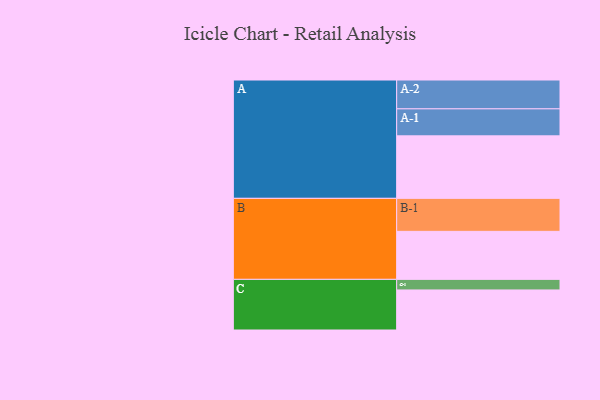
{"axis": {"x": "Segment", "y": "Value"}, "legend": ["", "A", "B", "C"], "data": [{"x": "A", "y": 479, "type": ""}, {"x": "B", "y": 368, "type": ""}, {"x": "C", "y": 307, "type": ""}, {"x": "A-1", "y": 207, "type": "A"}, {"x": "A-2", "y": 221, "type": "A"}, {"x": "B-1", "y": 253, "type": "B"}, {"x": "C-1", "y": 81, "type": "C"}]}